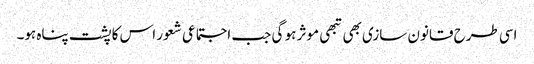
اسی طرح قانون سازی بھی تبھی موثر ہو گی جب اجتماعی شعور اس کا پشت پناہ ہو۔